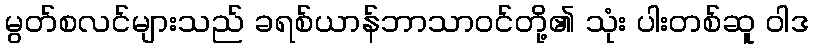
မွတ်စလင်များသည် ခရစ်ယာန်ဘာသာဝင်တို့၏ သုံး ပါးတစ်ဆူ ဝါဒ